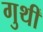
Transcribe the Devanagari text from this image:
गुथीं